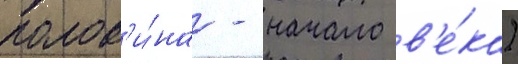
полов'и́на - начало в'е́ка)